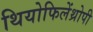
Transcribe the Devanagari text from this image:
थियोफिलेंथ्रोपी